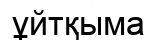
ұйтқыма